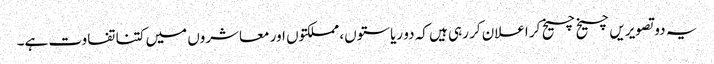
یہ دو تصویریں چیخ چیخ کر اعلان کر رہی ہیں کہ دو ریاستوں، مملکتوں اور معاشروں میں کتنا تفاوت ہے۔